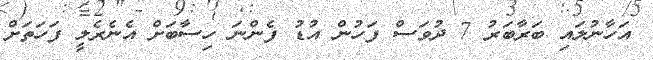
އަހާނުލައި ބަރާބަރު 7 ދުވަސް ފަހުން އުޑު ފެންނަ ހިސާބަށް އެނެރެލީ ފަހަތަށް